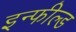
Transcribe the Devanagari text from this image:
इन्फील्ड